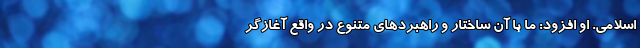
اسلامی. او افزود: ما با آن ساختار و راهبردهای متنوع در واقع آغازگر